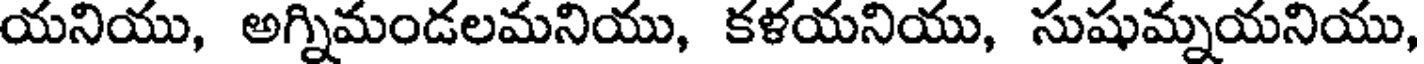
యనియు, అగ్నిమండలమనియు, కళయనియు, సుషుమ్నయనియు,